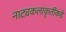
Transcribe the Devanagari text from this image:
नाट्यकलाकृतींकडे